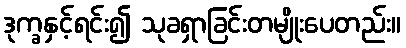
ဒုက္ခနှင့်ရင်း၍ သုခရှာခြင်းတမျိုးပေတည်း။